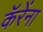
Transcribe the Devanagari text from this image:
कॅरेंना